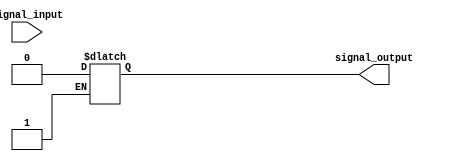
module schmitt_trigger_buffer (
    input signal_input,
    output reg signal_output
);

reg schmitt_trigger_output;

always @ (signal_input)
begin
    if (signal_input == 1'b1 && schmitt_trigger_output == 1'b0)
        signal_output <= 1'b1;
    else if (signal_input == 1'b0 && schmitt_trigger_output == 1'b1)
        signal_output <= 1'b0;
    
    schmitt_trigger_output <= signal_input;
end

endmodule